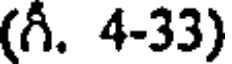
(గీ. 4-33)